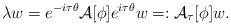
LaTeX: \begin{align*}\lambda w = e^{-i\tau \theta}\mathcal{A}[\phi]e^{i\tau \theta}w=:\mathcal{A}_\tau[\phi]w.\end{align*}